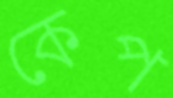
কেপ